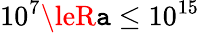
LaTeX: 10^{7}\leR\mathtt{a}\le10^{15}